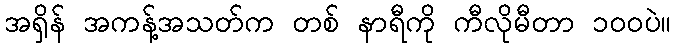
အရှိန် အကန့်အသတ်က တစ် နာရီကို ကီလိုမီတာ ၁၀၀ပဲ။